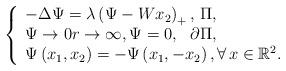
LaTeX: \begin{align*}\left\{\begin{array}{l}-\Delta \Psi=\lambda\left(\Psi-W x_{2}\right)_+, \, \Pi, \\\Psi \rightarrow 0 r \rightarrow \infty, \Psi=0, \, \, \, \, \partial \Pi, \\\Psi\left(x_{1}, x_{2}\right)=-\Psi\left(x_{1},-x_{2}\right), \forall\, x \in \mathbb{R}^{2}.\end{array}\right.\end{align*}